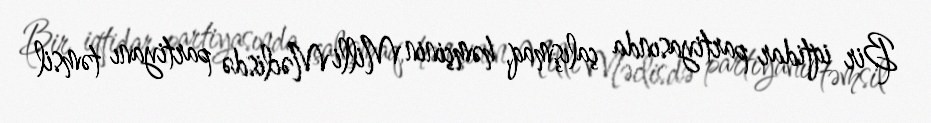
Bir iqtidar partiyasında çalışmaq, həmçinin Milli Məclisdə partiyanı təmsil